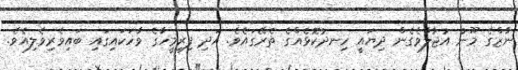
ނާޒްގެ މޫނު އުޖާލާވެގެން ދިޔައީ ހިނދުކޮޅެއްގެ ތެރޭގައެވެ. އަދި ފިރިމީހާގެ ވާހަކައިގައި ބައިވެރިވެލިއެވެ.